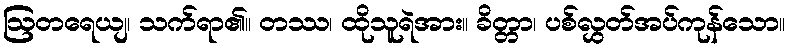
ဩတရေယျ၊ သက်ရာ၏။ တဿ၊ ထိုသူရဲအား။ ခိတ္တာ၊ ပစ်လွှတ်အပ်ကုန်သော။